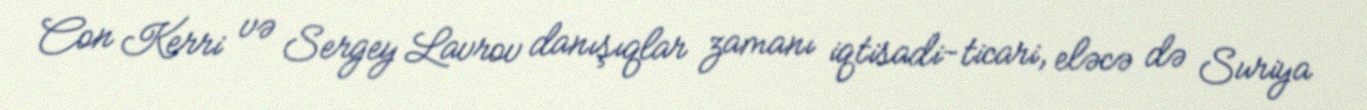
Con Kerri və Sergey Lavrov danışıqlar zamanı iqtisadi-ticari, eləcə də Suriya